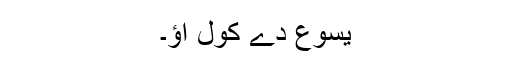
یسوع دے کول آؤ۔